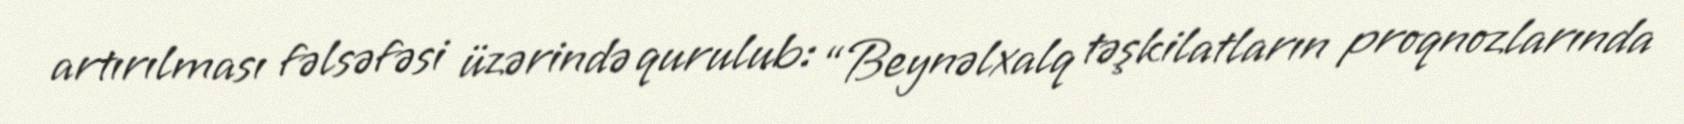
artırılması fəlsəfəsi üzərində qurulub: “Beynəlxalq təşkilatların proqnozlarında